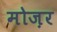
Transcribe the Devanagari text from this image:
मोज़र